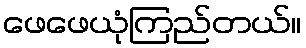
ဖေဖေယုံကြည်တယ်။